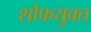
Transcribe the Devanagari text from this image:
शोफयुक्त